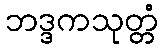
ဘဒ္ဒကသုတ္တံ